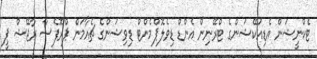
ޓެކްނީޝަން އެޑިއުކޭޝަންގެ ޓްރޭނިން އެންޑް ޑިވެލޮޕްމެންޓް ޑިވިޝަންގެ ޗެއާމަން ޕްރޮފެސާ ރާޖޭޝް ޕީ